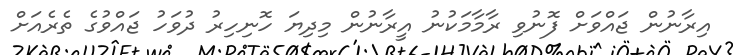
އިރާނުން ޖައްވަށް ފޮނުވި ރާމާމަކުނު އީރާނުން މިދިޔަ ހޮނިހިރު ދުވަހު ޖައްވުގެ ތެރެއަށް